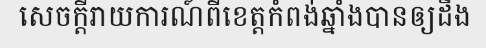
សេចក្តីរាយការណ៍ពីខេត្តកំពង់ឆ្នាំងបានឲ្យដឹង